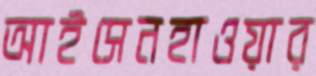
আইসেনহাওয়ার